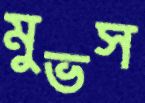
মুভস